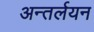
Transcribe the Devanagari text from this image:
अन्तर्लयन